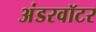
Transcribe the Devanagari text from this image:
अंडरवॉटर